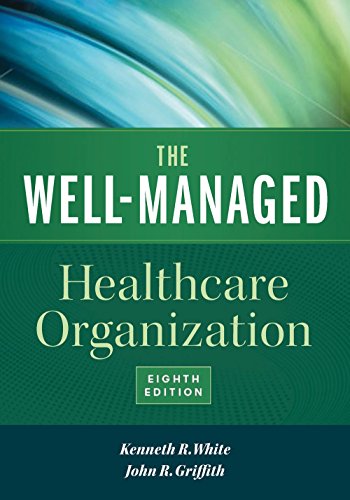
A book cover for The Well-Managed Healthcare Organization, Eighth Edition; Kenneth R. White; Medical Books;